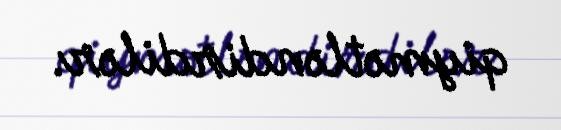
qiymətləndirdilər.